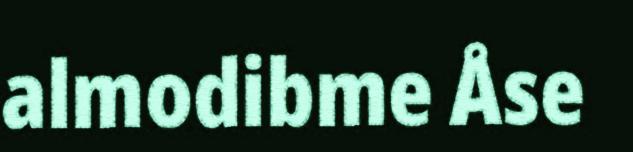
almodibme Åse